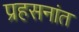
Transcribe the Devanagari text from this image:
प्रहसनांत